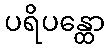
ပရိပန္ထော